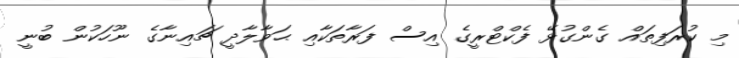
މި ކުރަފިތައް ގެންގުޅޭ ފެކްޓްރީގެ އިސް ފަރާތަކާއި ޙަވާލާދީ ޗައިނާގެ ނޫހަކުން ބުނީ